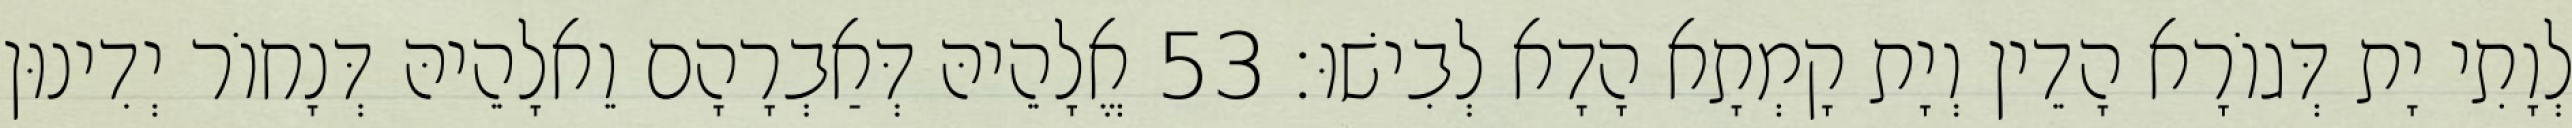
לְוָתִי יָת דְּגוֹרָא הָדֵין וְיָת קָמְתָא הָדָא לְבִישׁוּ׃ 53 אֱלָהֵיהּ דְּאַבְרָהָם וֵאלָהֵיהּ דְּנָחוֹר יְדִינוּן